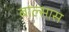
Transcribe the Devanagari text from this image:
बाल्सास